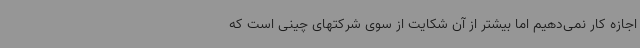
اجازه کار نمی‌دهیم اما بیشتر از آن شکایت از سوی شرکتهای چینی است که